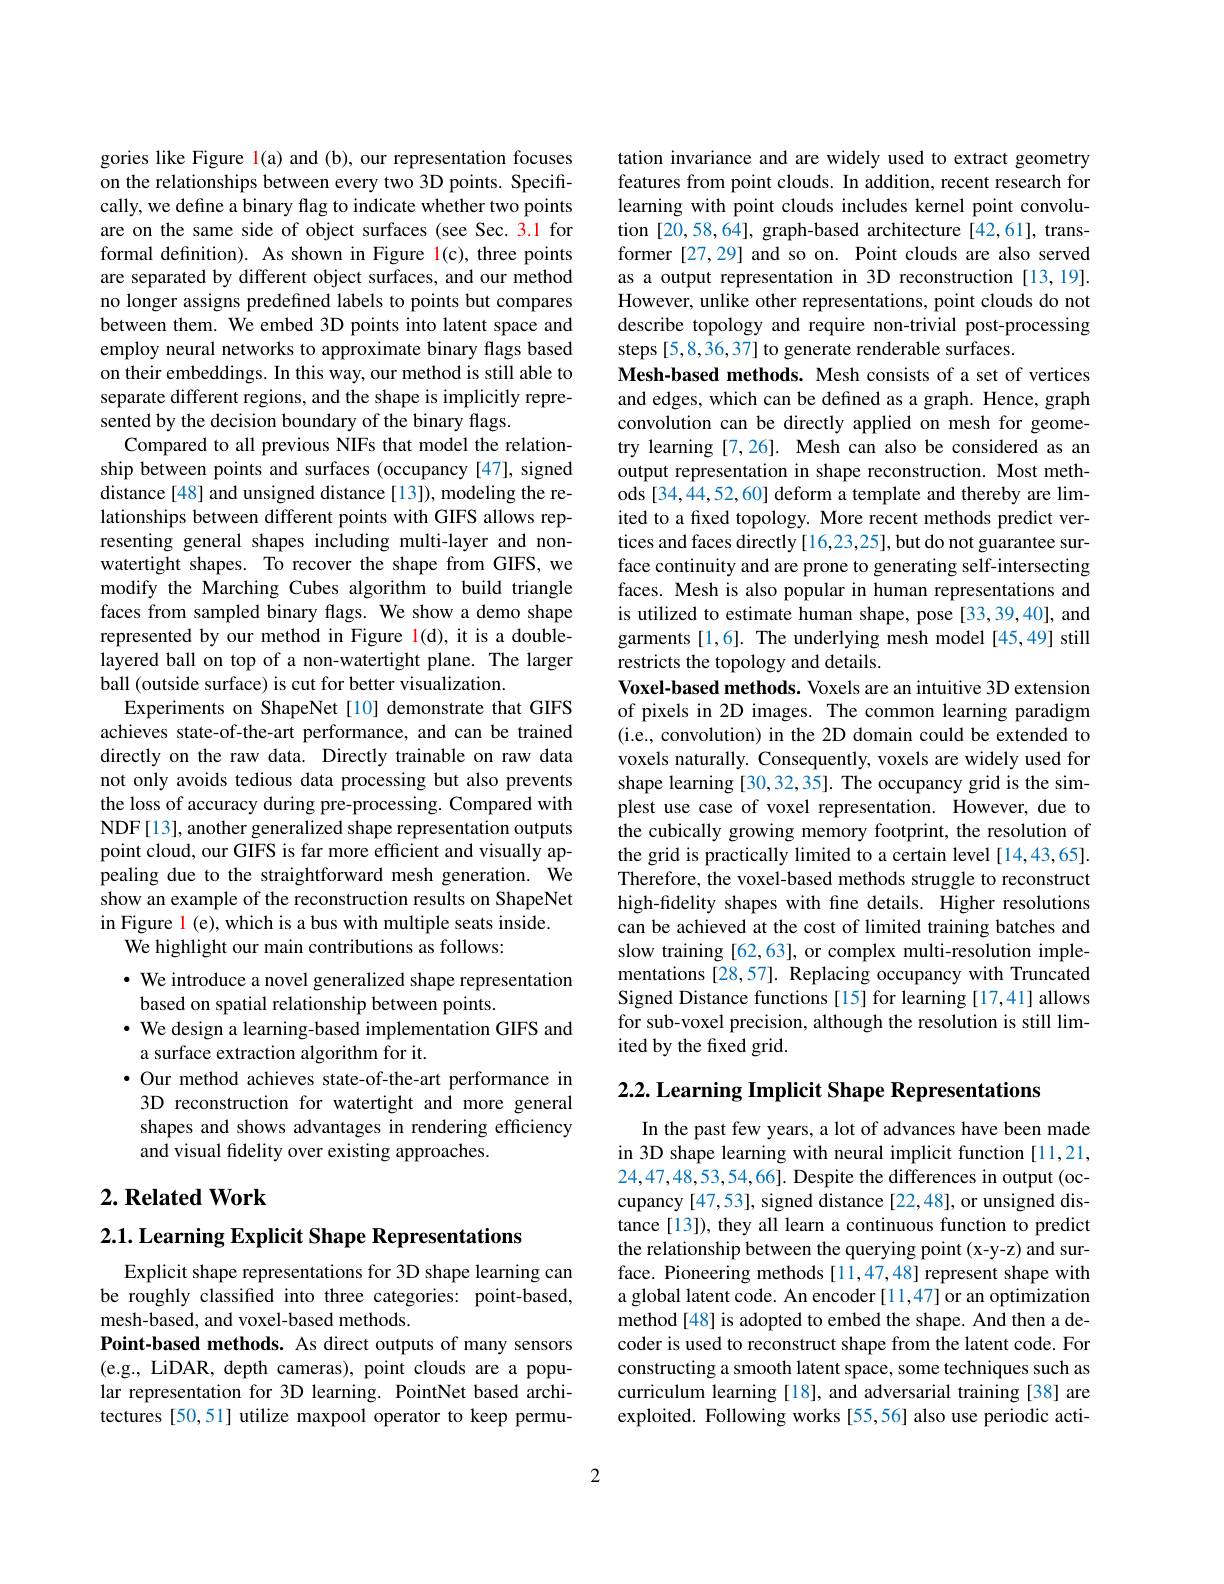
gories like Figure l(a) and (b), our representation focuses on the relationships between every two 3D points. Specifically, we define a binary flag to indicate whether two points are on the same side of object surfaces (see Sec. 3.1 for formal definition). As shown in Figure l(c), three points are separated by different object surfaces, and our method no longer assigns predefined labels to points but compares between them. We embed 3D points into latent space and employ neural networks to approximate binary flags based on their embeddings. In this way, our method is still able to separate different regions, and the shape is implicitly represented by the decision boundary of the binary flags.
Compared to all previous NIFs that model the relationship between points and surfaces (occupancy [47], signed distance [48] and unsigned distance [13]), modeling the relationships between different points with GIFS allows representing general shapes including multi-layer and nonwatertight shapes. To recover the shape from GIFS, we modify the Marching Cubes algorithm to build triangle faces from sampled binary flags. We show a demo shape represented by our method in Figure l(d), it is a doublelayered ball on top of a non-watertight plane. The larger ball (outside surface) is cut for better visualization.
Experiments on ShapeNet[10] demonstrate that GIFS achieves state-of-the-art performance, and can be trained directly on the raw data. Directly trainable on raw data not only avoids tedious data processing but also prevents the loss of accuracy during pre-processing. Compared with NDF[13], another generalized shape representation outputs point cloud, our GIFS is far more efficient and visually appealing due to the straightforward mesh generation. We show an example of the reconstruction results on ShapeNet in Figure l (e), which is a bus with multiple seats inside.
We highlight our main contributions as follows:
· We introduce a novel generalized shape representation

based on spatial relationship between points.
· We design a learning-based implementation GIFS and
a surface extraction algorithm for it.
$\bullet$ Our method achieves state-of-the-art performance in 3D reconstruction for watertight and more general shapes and shows advantages in rendering efficiency and visual fidelity over existing approaches.

## $2. \textbf{Related Work}$

2.1. Learning Explicit Shape Representations

Explicit shape representations for 3D shape learning can be roughly classified into three categories: point-based, mesh-based, and voxel-based methods.
Point-based methods. As direct outputs of many sensors (e.g., LiDAR, depth cameras), point clouds are a popular representation for 3D learning. PointNet based architectures [50,51] utilize maxpool operator to keep permu-

tation invariance and are widely used to extract geometry features from point clouds. In addition, recent research for learning with point clouds includes kernel point convolution [20,58,64], graph-based architecture [42,61], transformer [27,29] and so on. Point clouds are also served as a output representation in 3D reconstruction [13,19]. However, unlike other representations, point clouds do not describe topology and require non-trivial post-processing steps [5,8,36,37] to generate renderable surfaces.
Mesh-based methods. Mesh consists of a set of vertices and edges, which can be defined as a graph. Hence, graph convolution can be directly applied on mesh for geometry learning [7,26]. Mesh can also be considered as an output representation in shape reconstruction. Most methods [34,44,52,60] deform a template and thereby are limited to a fixed topology. More recent methods predict vertices and faces directly [16,23,25], but do not guarantee surface continuity and are prone to generating self-intersecting faces. Mesh is also popular in human representations and is utilized to estimate human shape, pose[33,39,40], and garments [1,6]. The underlying mesh model [45,49] still restricts the topology and details
Voxel-based methods. Voxels are an intuitive 3D extension of pixels in 2D images. The common learning paradigm (i.e., convolution) in the 2D domain could be extended to voxels naturally. Consequently, voxels are widely used for shape learning [30,32,35]. The occupancy grid is the simplest use case of voxel representation. However, due to the cubically growing memory footprint, the resolution of the grid is practically limited to a certain level [14,43,65]. Therefore, the voxel-based methods struggle to reconstruct high-fidelity shapes with fine details. Higher resolutions can be achieved at the cost of limited training batches and slow training [62,63], or complex multi-resolution implementations [28,57]. Replacing occupancy with Truncated Signed Distance functions [15] for learning [17,41] allows for sub-voxel precision, although the resolution is still limited by the fixed grid.

$2. 2. \textbf{Learning Implicit Shape Representations}$

In the past few years, a lot of advances have been made in 3D shape learning with neural implicit function [11,21, 24,47,48,53,54,66]. Despite the differences in output (occupancy [47,53], signed distance [22,48], or unsigned distance [13]), they all learn a continuous function to predict the relationship between the querying point (x-y-z) and surface. Pioneering methods [11,47,48] represent shape with a global latent code. An encoder [11,47] or an optimization method[48] is adopted to embed the shape. And then a decoder is used to reconstruct shape from the latent code. For constructing a smooth latent space, some techniques such as curriculum learning [18], and adversarial training [38] are exploited. Following works [55,56] also use periodic acti-

2